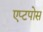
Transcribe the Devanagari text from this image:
एप्टपोस